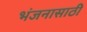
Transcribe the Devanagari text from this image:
भंजनासाठी